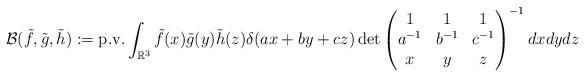
LaTeX: \begin{align*}\mathcal{B}(\tilde{f},\tilde{g},\tilde{h}) := \textup{p.v.} \int_{\mathbb{R}^3} \tilde{f}(x)\tilde{g}(y)\tilde{h}(z) \delta(ax+by+cz)\det\begin{pmatrix}1 & 1 & 1\\ a^{-1} & b^{-1} & c^{-1} \\x & y & z \end{pmatrix}^{-1} dxdydz\end{align*}